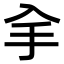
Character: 𠓢